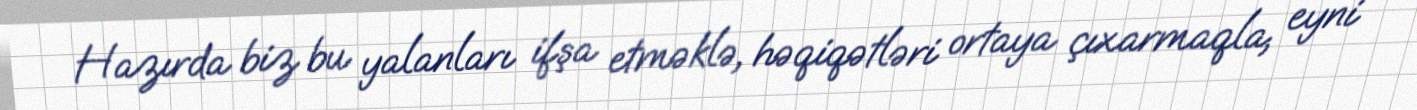
Hazırda biz bu yalanları ifşa etməklə, həqiqətləri ortaya çıxarmaqla, eyni